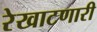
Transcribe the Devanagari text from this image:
रेखाटणारी